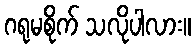
ဂရုမစိုက် သလိုပါလား။